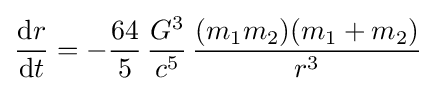
{\frac {\mathrm {d} r}{\mathrm {d} t}}=-{\frac {64}{5}}\,{\frac {G^{3}}{c^{5}}}\,{\frac {(m_{1}m_{2})(m_{1}+m_{2})}{r^{3}}}\